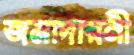
জমাদারনী